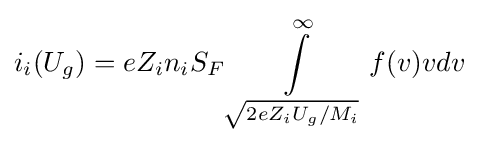
i_{i}(U_{g})=eZ_{i}n_{i}S_{F}\int \limits _{\sqrt {2eZ_{i}U_{g}/M_{i}}}^{\infty }f(v)vdv